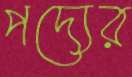
পদ্যের